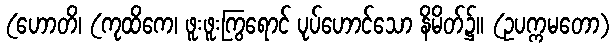
(ဟောတိ၊ (ကုထိကေ၊ ဖူးဖူးကြွရောင် ပုပ်ဟောင်သော နိမိတ်၌။ (ဥပက္ကမတော)